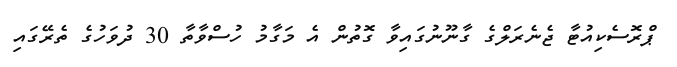
ޕްރޮސެކިއުޓާ ޖެނެރަލްގެ ގާނޫނުގައިވާ ގޮތުން އެ މަގާމު ހުސްވާތާ 30 ދުވަހުގެ ތެރޭގައި